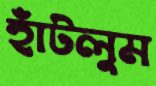
হাঁটলুম